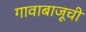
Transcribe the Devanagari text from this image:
गावाबाजूची